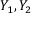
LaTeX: Y _ { 1 } , Y _ { 2 }